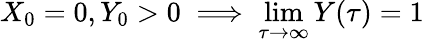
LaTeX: X_{0}=0,Y_{0}>0\implies\operatorname*{lim}_{\tau\to\infty}Y(\tau)=1